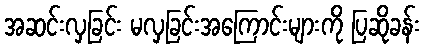
အဆင်းလှခြင်း မလှခြင်းအကြောင်းများကို ပြဆိုခန်း